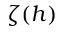
\zeta ( h )